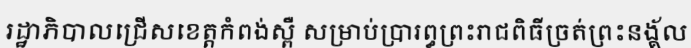
រដ្ឋាភិបាលជ្រើសខេត្តកំពង់ស្ពឺ សម្រាប់ប្រារព្ធព្រះរាជពិធីច្រត់ព្រះនង្គ័ល